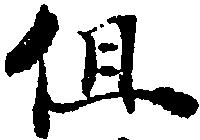
但